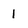
Character: 1